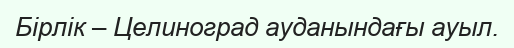
Бірлік – Целиноград ауданындағы ауыл.